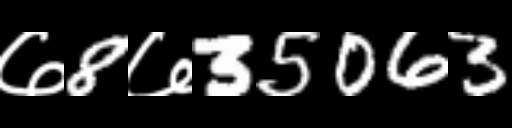
Text: ७8७35063